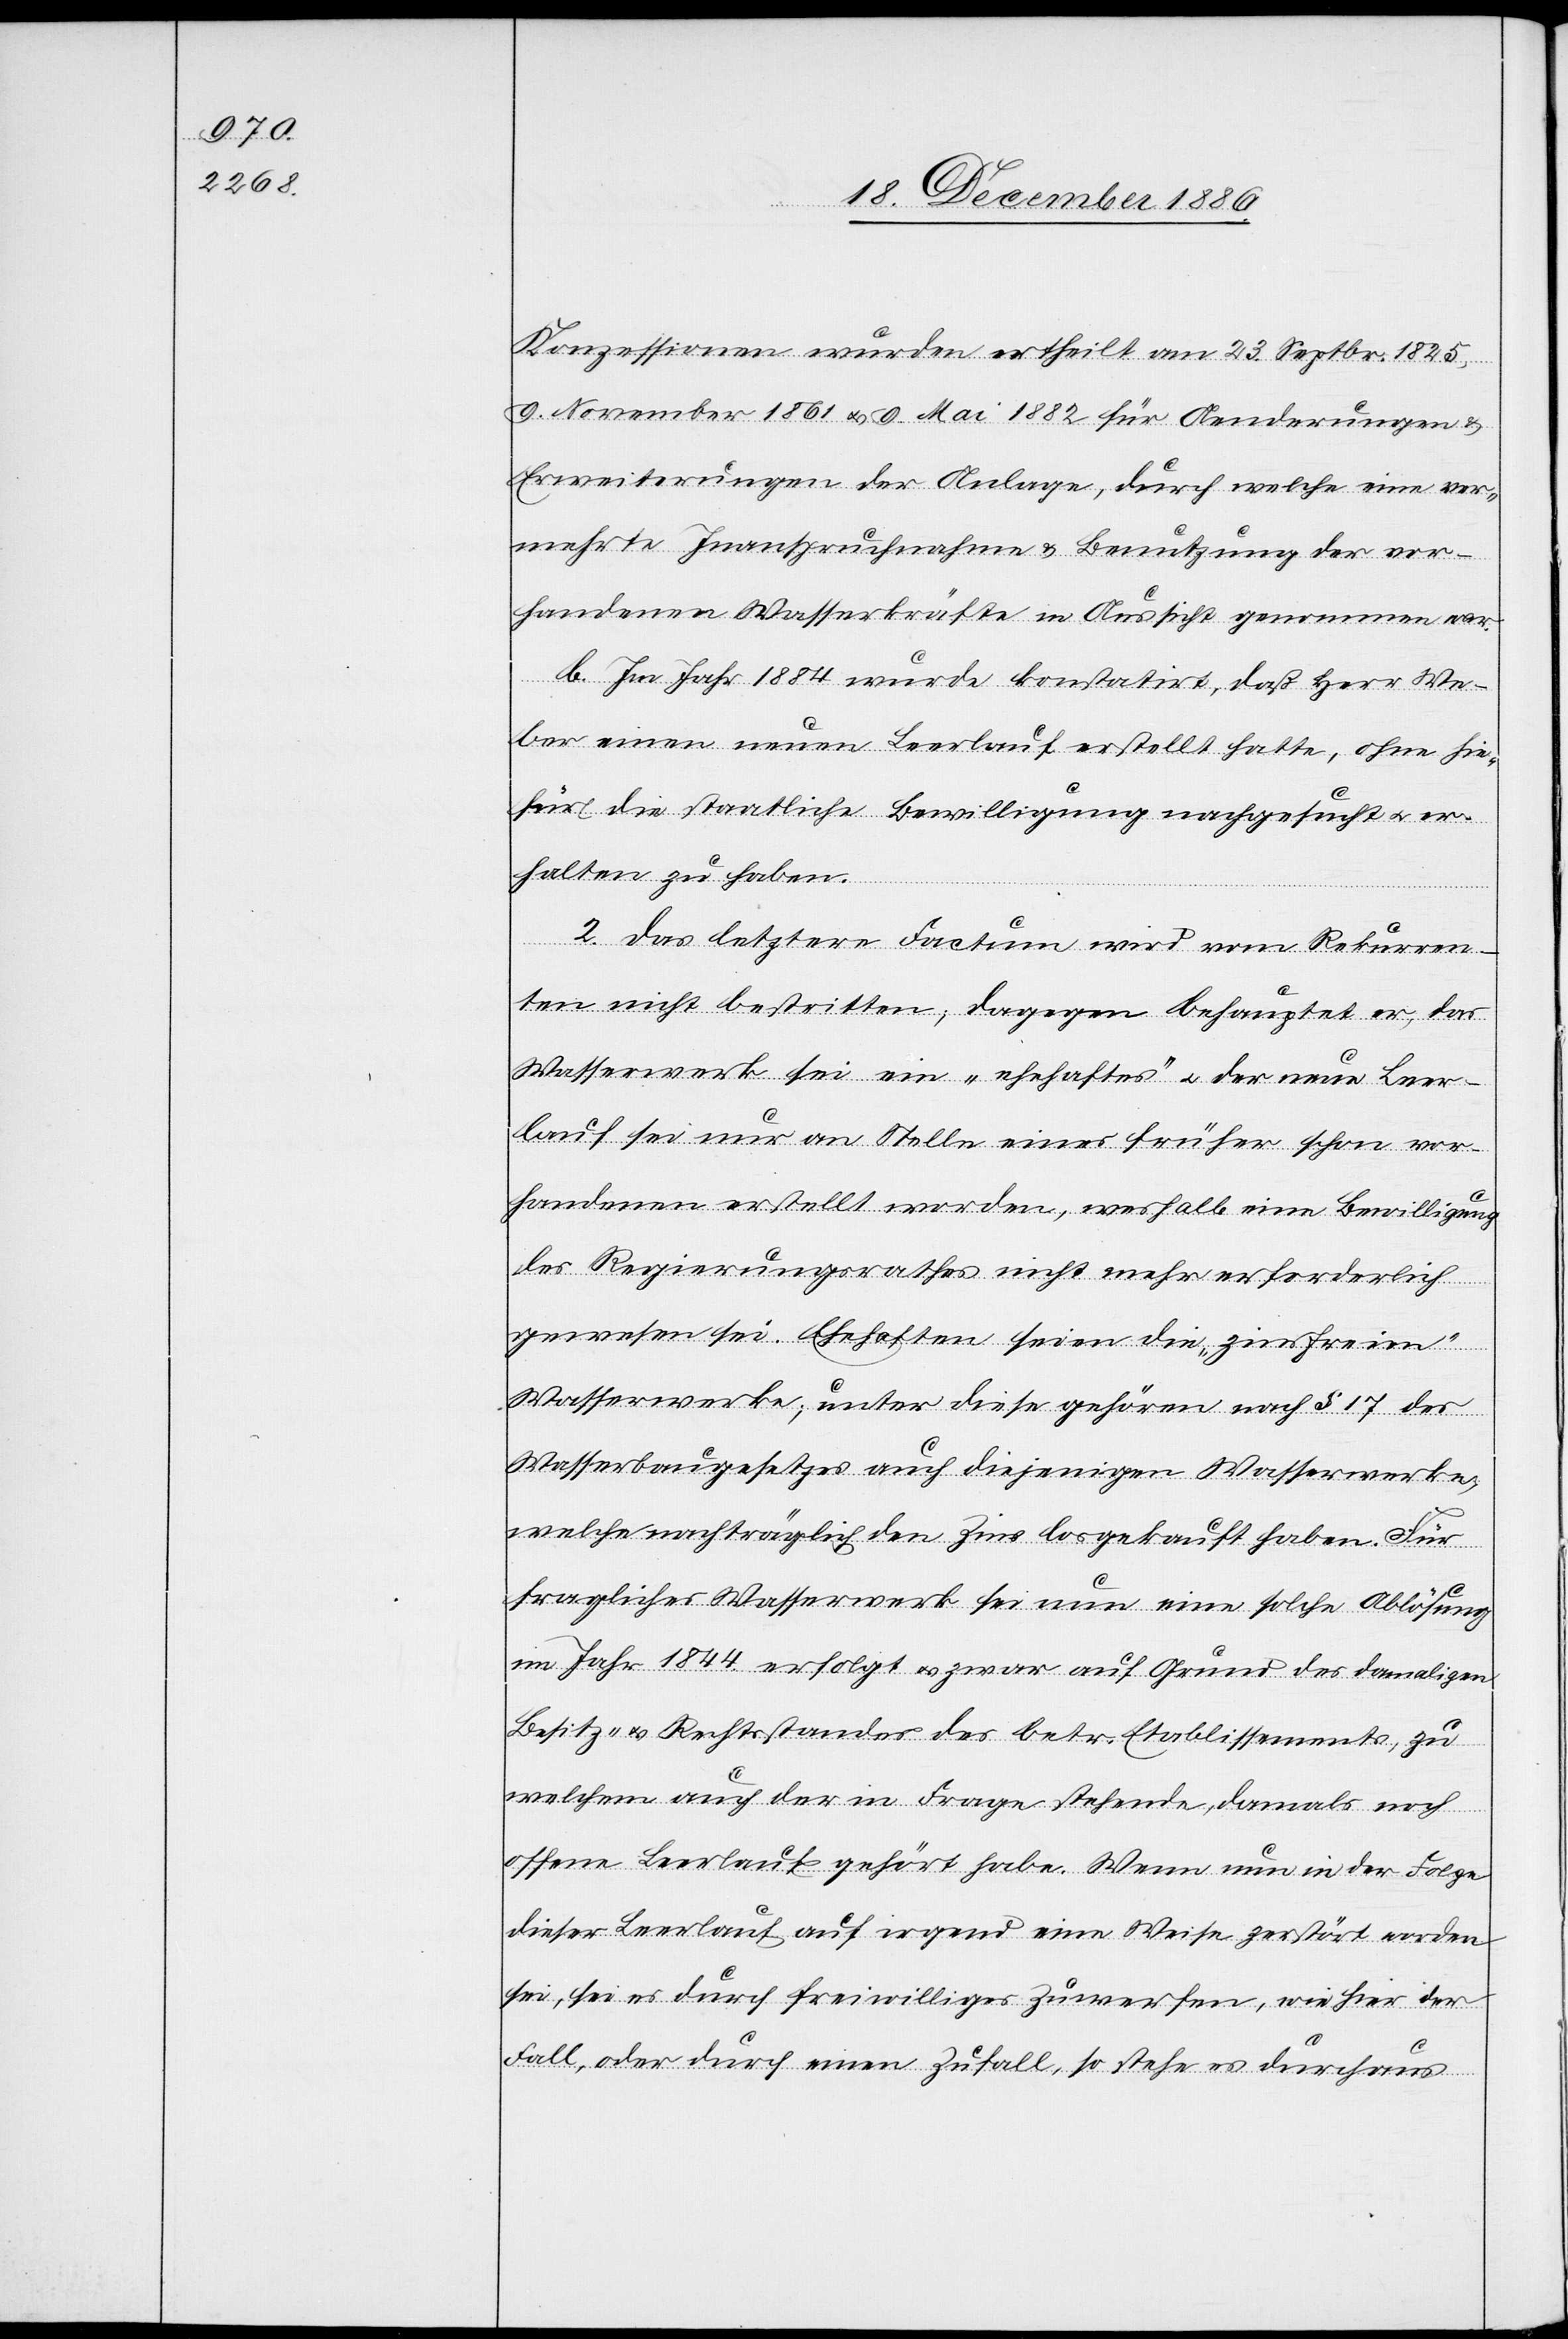
Konzessionen wurden ertheilt am 23. Septbr. 1825,
9. November 1861 & 9. Mai 1882 für Aenderungen &
Erweiterungen der Anlage, durch welche eine ver¬
mehrte Inanspruchnahme & Benutzung der vor¬
handenen Wasserkräfte in Aussicht genommen war.
b. Im Jahr 1884 wurde konstatirt, daß Herr We¬
ber einen neuen Leerlauf erstellt hatte, ohne hie¬
für die staatliche Bewilligung nachgesucht & er¬
halten zu haben.
2. Das letztere Factum wird vom Rekurren¬
ten nicht bestritten; dagegen behauptet er, das
Wasserwerk sei ein „ehehaftes“ & der neue Leer¬
lauf sei nur an Stelle eines früher schon vor¬
handenen erstellt worden, weshalb eine Bewilligung
des Regierungsrathes nicht mehr erforderlich
gewesen sei. Ehehaften seien die „zinsfreien“
Wasserwerke; unter diese gehören nach § 17 des
Wasserbaugesetzes auch diejenigen Wasserwerke,
welche nachträglich den Zins losgekauft haben. Für
fragliches Wasserwerk sei nun eine solche Ablösung
im Jahr 1844 erfolgt & zwar auf Grund des damaligen
Besitz- & Rechtsstandes des betr. Etablissements, zu
welchem auch der in Frage stehende, damals noch
offene Leerlauf gehört habe. Wenn nun in der Folge
dieser Leerlauf auf irgend eine Weise zerstört worden
sei, sei es durch freiwilliges Zuwerfen, wie hier der
Fall, oder durch einen Zufall, so stehe es durchaus